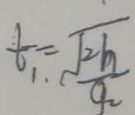
t _ { 1 } = \sqrt { \frac { 2 h } { g _ { 2 } } }